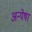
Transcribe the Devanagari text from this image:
अन्येषां